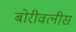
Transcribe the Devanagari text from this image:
बोरीवलीस